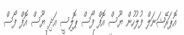
އޮޕަރޭޝަނަލް ފުލުހުން ޔޫސް އޮފް ފޯސް ޕޮލިސީ އަދި ޔޫސް އޮފް ފޯސް